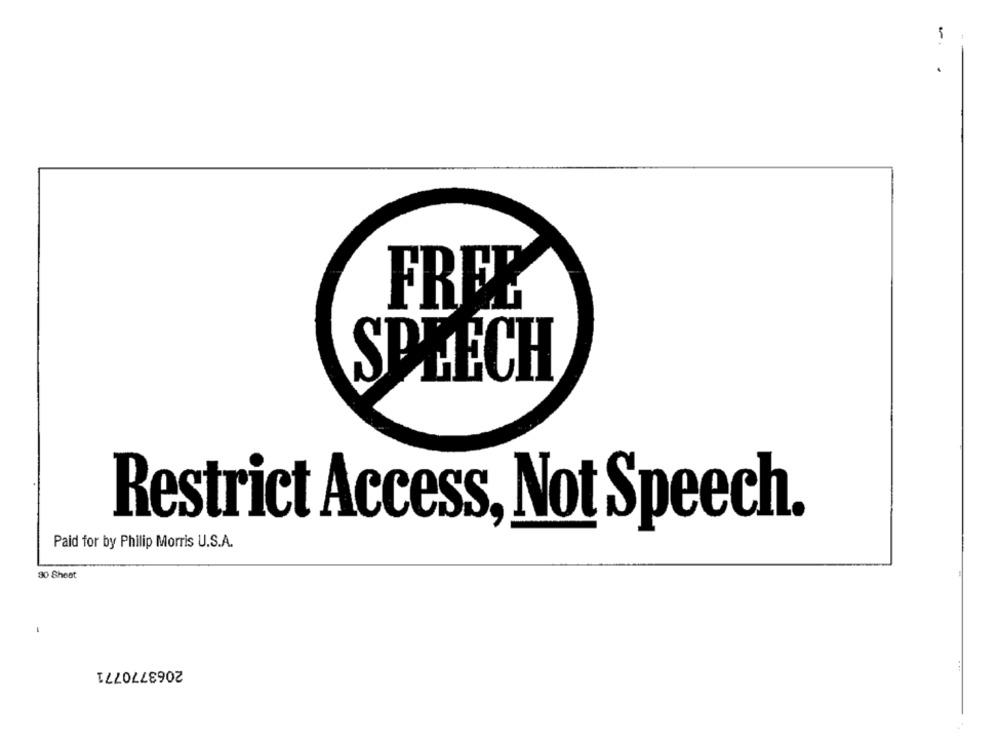
FREE
SPEECH
Restrict Access, Not Speech.
Paid for by Philip Morris U.S.A.
80 Shest
-
2063770771